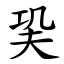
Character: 巬